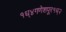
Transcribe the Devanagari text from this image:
१ध्४गणेशपूर१ध्२